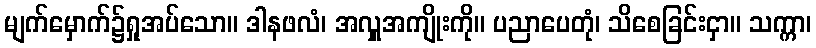
မျက်မှောက်၌ရှုအပ်သော။ ဒါနဖလံ၊ အလှူအကျိုးကို။ ပညာပေတုံ၊ သိစေခြင်းငှာ။ သက္ကာ၊